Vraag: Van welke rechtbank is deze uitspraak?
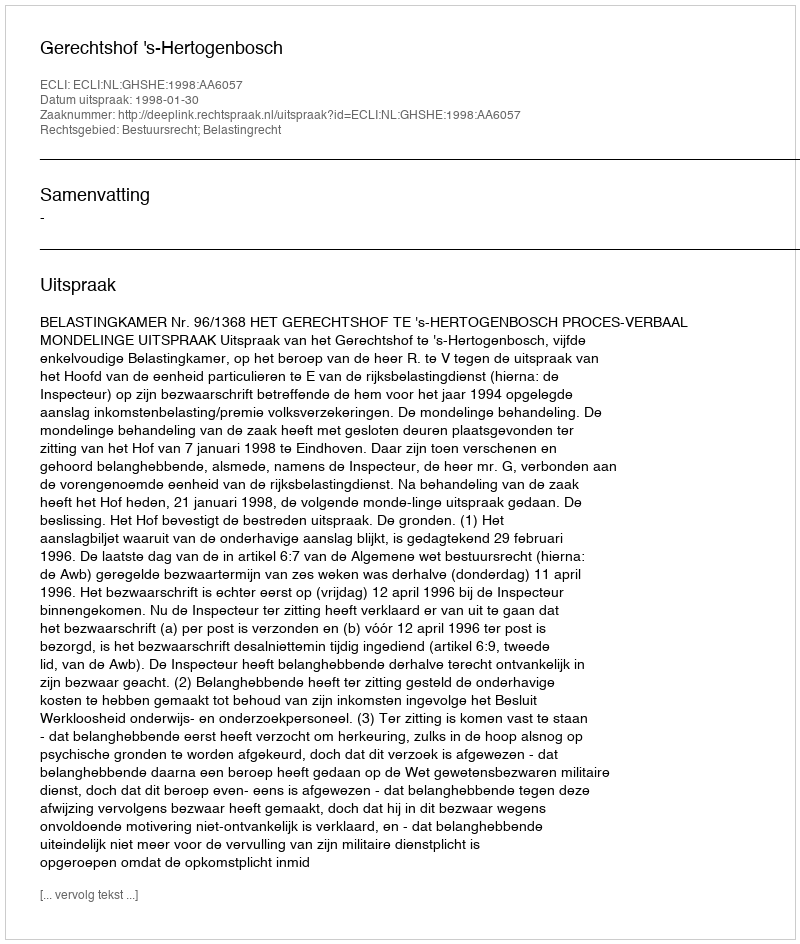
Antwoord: Gerechtshof 's-Hertogenbosch